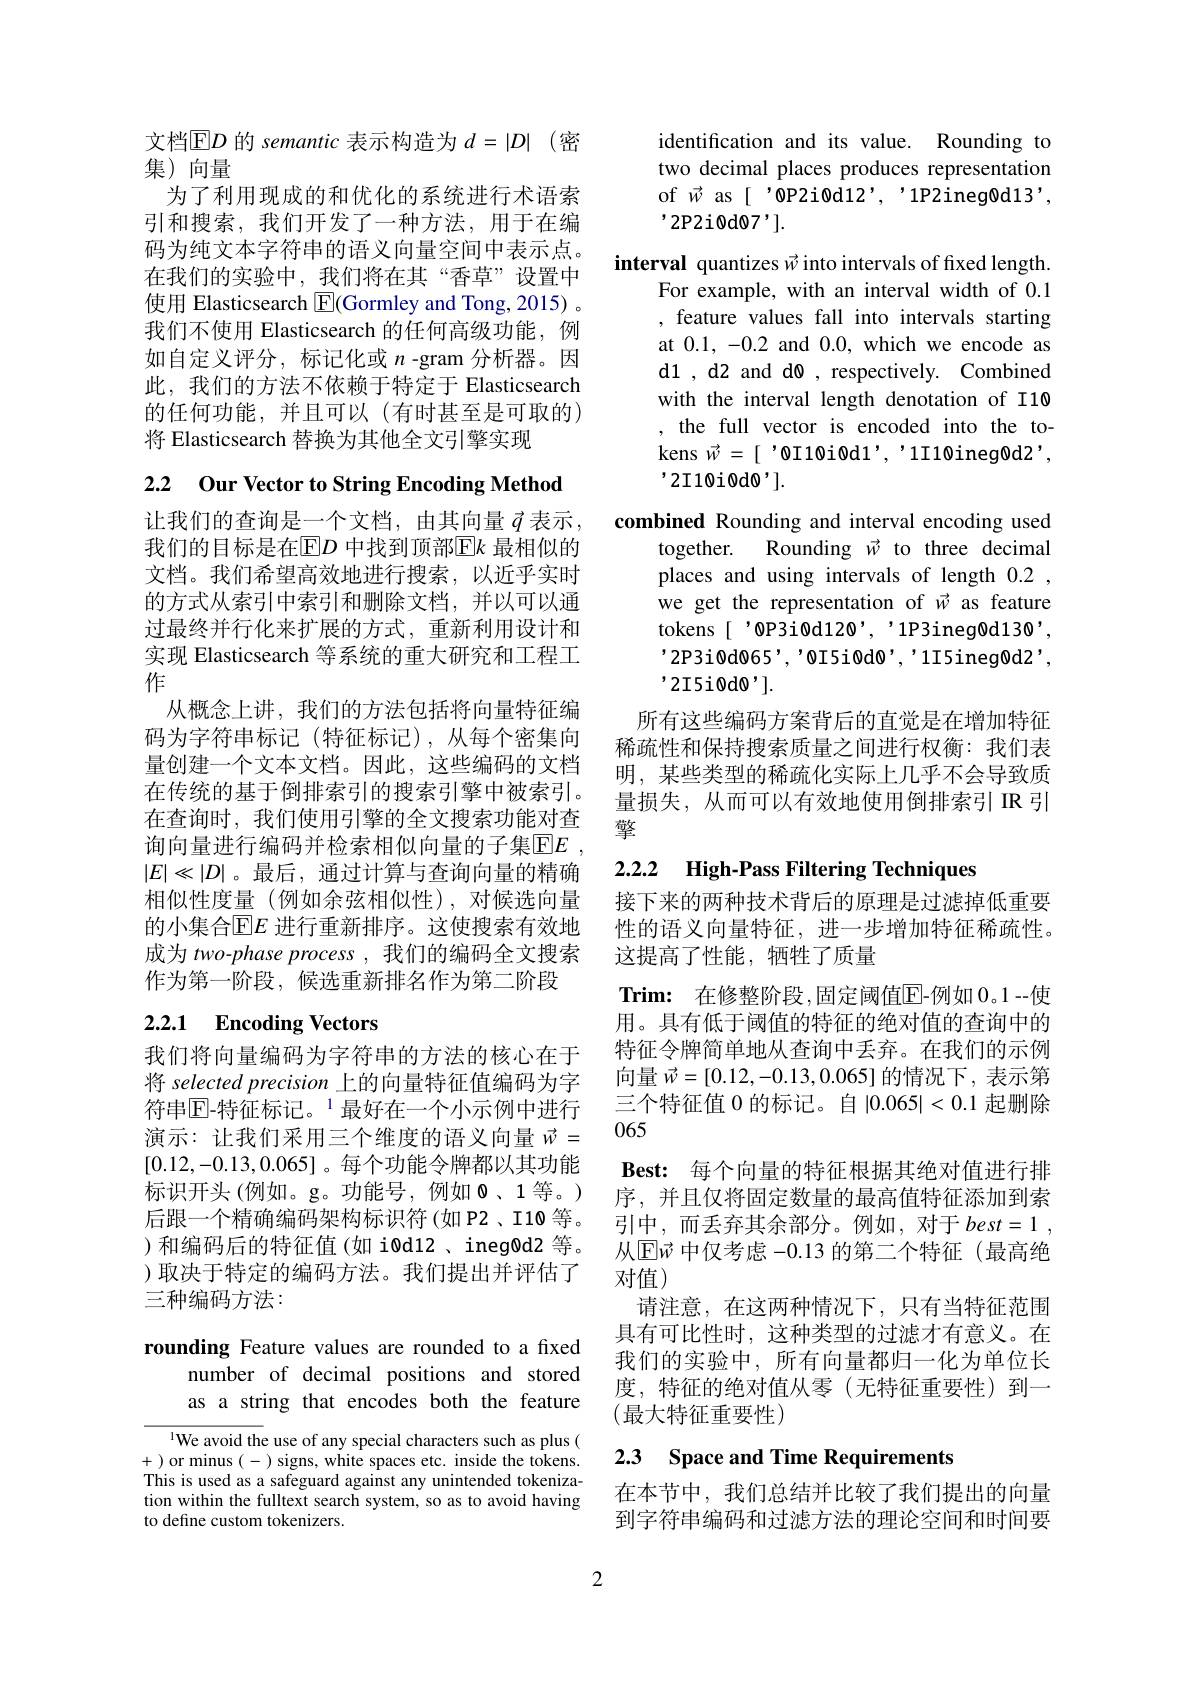
文档$\operatorname{ED}$ 的 semantic 表示构造为 $d= | D|$ (密
集) 向量
为了利用现成的和优化的系统进行术语索引和搜索，我们开发了一种方法，用于在编码为纯文本字符串的语义向量空间中表示点。在我们的实验中，我们将在其“香草”设置中使用 Elasticsearch $\boxed{\mathrm{F}}($Gormley and Tong, 2015) 。我们不使用 Elasticsearch 的任何高级功能，例如自定义评分，标记化或$n$ -gram 分析器。因此，我们的方法不依赖于特定于 Elasticsearch 的任何功能，并且可以(有时甚至是可取的) 将 Elasticsearch 替换为其他全文引擎实现

2.2 Our Vector to String Encoding Method

让我们的查询是一个文档，由其向量$\vec{q}$表示， 我们的目标是在$\operatorname{E}D$ 中找到顶部$\operatorname{E}k$ 最相似的文档。我们希望高效地进行搜索，以近乎实时的方式从索引中索引和删除文档，并以可以通过最终并行化来扩展的方式，重新利用设计和实现 Elasticsearch 等系统的重大研究和工程工$\tilde{\text{作}}$
从概念上讲，我们的方法包括将向量特征编码为字符串标记(特征标记),从每个密集向量创建一个文本文档。因此，这些编码的文档在传统的基于倒排索引的搜索引擎中被索引。在查询时，我们使用引擎的全文搜索功能对查询向量进行编码并检索相似向量的子集$\overline {\mathrm{E} }E$ , $|E|\ll|D|$。最后，通过计算与查询向量的精确相似性度量(例如余弦相似性),对候选向量的小集合$\operatorname{E}E$ 进行重新排序。这使搜索有效地成为 two-phase process , 我们的编码全文搜索作为第一阶段，候选重新排名作为第二阶段

# 2.2.1 Encoding Vectors

我们将向量编码为字符串的方法的核心在于将 selected precision 上的向量特征值编码为字符串$\mathbb{E} \text{- 特 征 标 记 。}^{1}$最好在一个小示例中进行演示：让我们采用三个维度的语义向量$\vec{w}=$ [0.12,-0.13,0.065]。每个功能令牌都以其功能标识开头 (例如。g。功能号，例如0、1等。) 后跟一个精确编码架构标识符(如 P2、I10 等。)和编码后的特征值(如 i0d12、ineg0d2 等。)取决于特定的编码方法。我们提出并评估了三种编码方法：

rounding Feature values are rounded to a fixed
number of decimal positions and stored as a string that encodes both the feature

We avoid the use of any special characters such as plus ( +)or minus(-)signs,white spaces etc.inside the tokens. This is used as a safeguard against any unintended tokenization within the fulltext search system, so as to avoid having to define custom tokenizers.

identification and its value. Rounding to two decimal places produces representation of $\vec{w}$ as[ '0P2i0d12', '1P2ineg0d13', '2P2i0d07'].
interval quantizes $\vec{w}$ into intervals of fixed length.
For example, with an interval width of 0.1 , feature values fall into intervals starting at 0.1, -0.2 and 0.0, which we encode as d1 , d2 and d0 , respectively. Combined with the interval length denotation of I10 , the full vector is encoded into the to- $^{\prime}2$I10i0d$0^\prime].$
combined Rounding and interval encoding used
together. Rounding $\vec{w}$ to three decimal places and using intervals of length 0.2 , we get the representation of $\vec{w}$ as feature tokens[ '0P3i0d120', '1P3ineg0d130', ,2P3i0d$065’$,'orsi0d$0’,’1$I5ineg0d2’, $^{\prime}2$I5i0d$\textcircled{\prime}].$
所有这些编码方案背后的直觉是在增加特征稀疏性和保持搜索质量之间进行权衡：我们表明，某些类型的稀疏化实际上几乎不会导致质

量损失，从而可以有效地使用倒排索引 IR 引

擎

# 2.2.2 High-Pass Filtering Techniques

接下来的两种技术背后的原理是过滤掉低重要性的语义向量特征，进一步增加特征稀疏性。这提高了性能，牺牲了质量

$\textbf{Trim: 在 修 整 阶 段 }$,固定阈值$\boxed{\mathrm{E}}-$例如 0。1--使用。具有低于阈值的特征的绝对值的查询中的特征令牌简单地从查询中丢弃。在我们的示例向量$\vec{w}=[0.12,-0.13,0.065]$的情况下，表示第三个特征值 0 的标记。自|0.065|<0.1起删除065
$\textbf{Best: 每 个 向 量 的 特 征 根 据 其 绝 对 值 进 行 排 }$ 序，并且仅将固定数量的最高值特征添加到索${\text{引中，而丢弃其余部分。例如，对于}best=1}$, 从$\operatorname{E}\vec{w}$ 中仅考虑 -0.13 的第二个特征(最高绝对值)
请注意，在这两种情况下，只有当特征范围具有可比性时，这种类型的过滤才有意义。在我们的实验中，所有向量都归一化为单位长度，特征的绝对值从零(无特征重要性)到一(最大特征重要性)

# 2.3 Space and Time Requirements

在本节中，我们总结并比较了我们提出的向量到字符串编码和过滤方法的理论空间和时间要

2